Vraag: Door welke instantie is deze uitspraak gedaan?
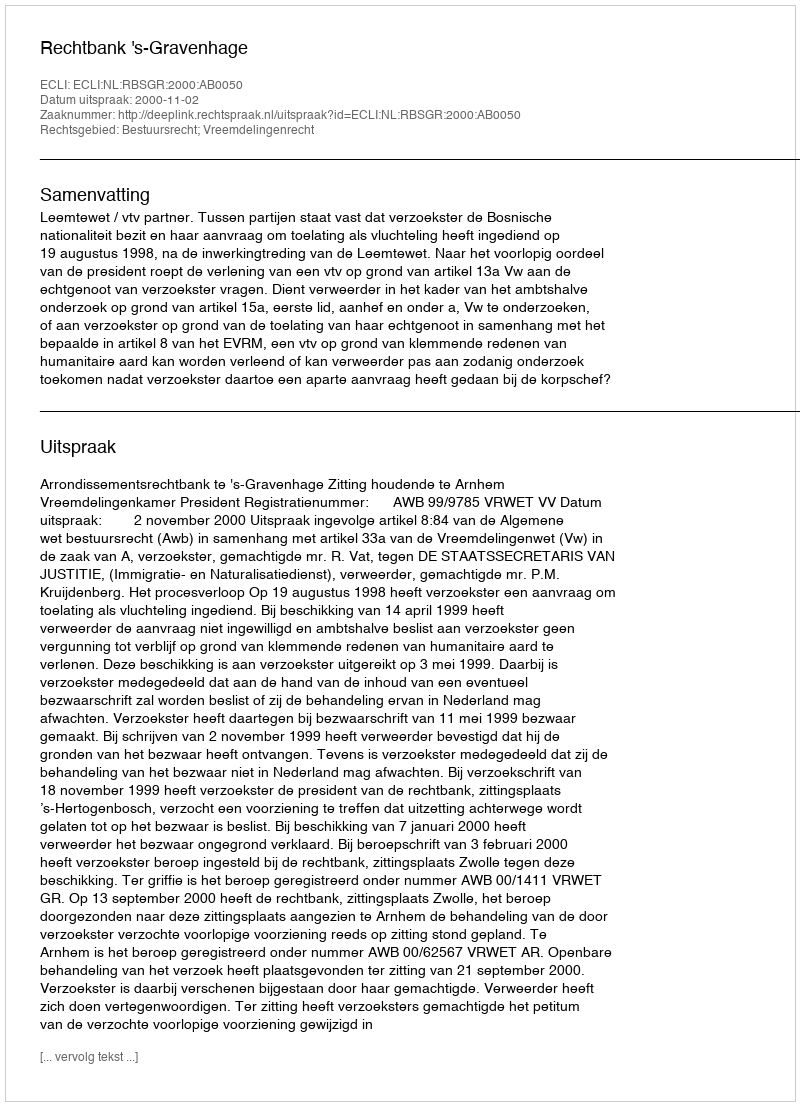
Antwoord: Rechtbank 's-Gravenhage